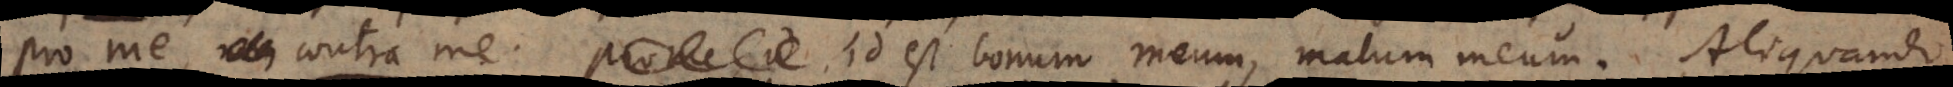
Pro me, contra me, id est bonum meum, malum meum. Aliquando